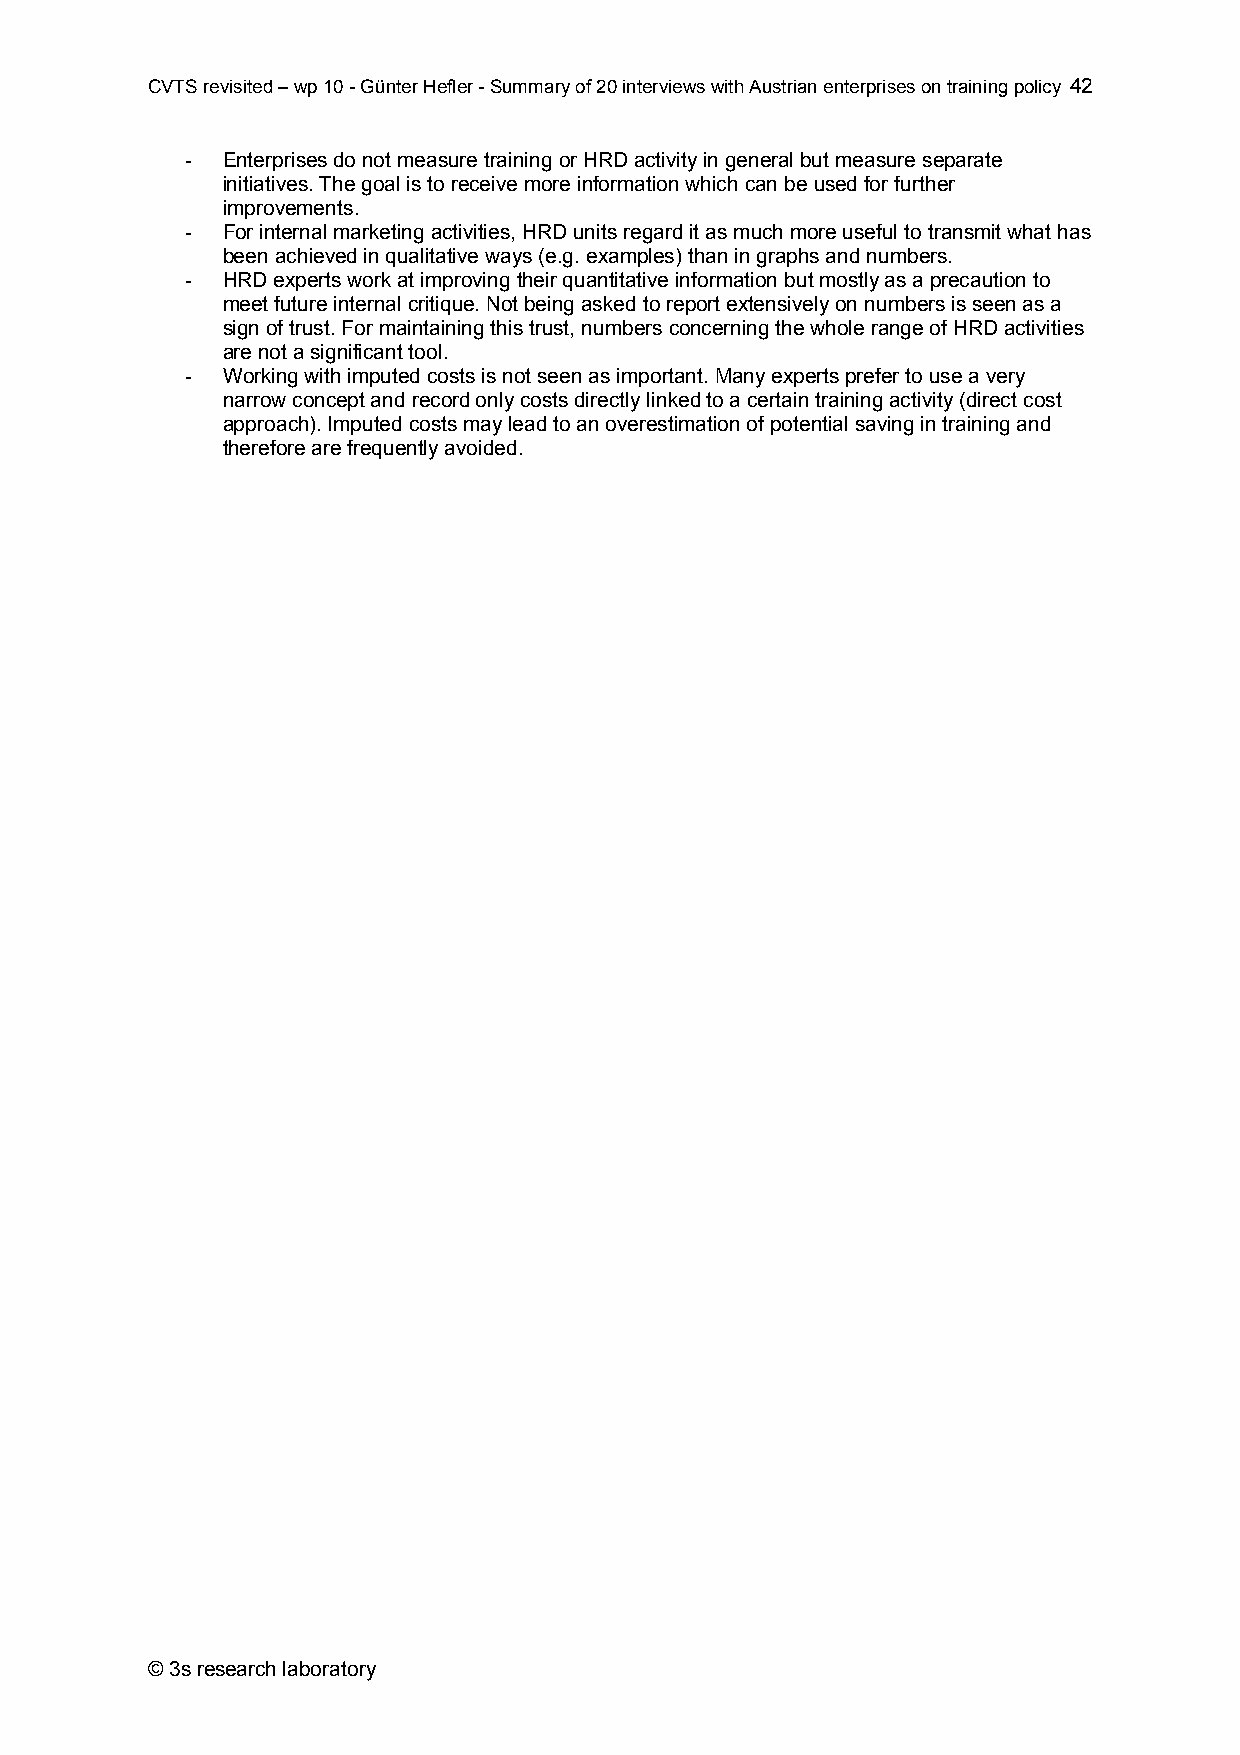
CVTS revisited – wp 10 - Günter Hefler - Summary of 20 interviews with Austrian enterprises on training policy 42
 -  Enterprises do not measure training or HRD activity in general but measure separate
 initiatives. The goal is to receive more information which can be used for further
 improvements.
 -  For internal marketing activities, HRD units regard it as much more useful to transmit what has
 been achieved in qualitative ways (e.g. examples) than in graphs and numbers.
 -  HRD experts work at improving their quantitative information but mostly as a precaution to
 meet future internal critique. Not being asked to report extensively on numbers is seen as a
 sign of trust. For maintaining this trust, numbers concerning the whole range of HRD activities
 are not a significant tool.
 -  Working with imputed costs is not seen as important. Many experts prefer to use a very
 narrow concept and record only costs directly linked to a certain training activity (direct cost
 approach). Imputed costs may lead to an overestimation of potential saving in training and
 therefore are frequently avoided.
 © 3s research laboratory